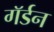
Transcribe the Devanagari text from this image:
गॅर्डन